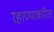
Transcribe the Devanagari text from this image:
रहाण्याकरिता